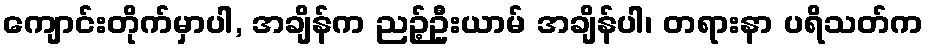
ကျောင်းတိုက်မှာပါ, အချိန်က ညဉ့်ဦးယာမ် အချိန်ပါ၊ တရားနာ ပရိသတ်က